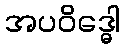
အပဝိဒ္ဓေါ